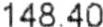
148.40